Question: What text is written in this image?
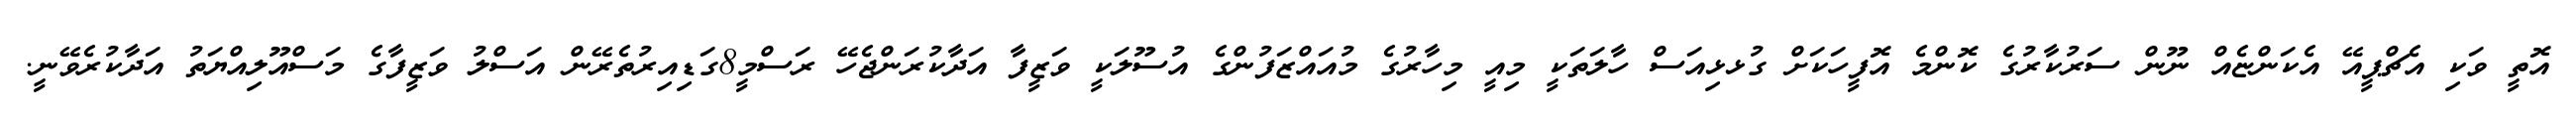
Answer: އޮތީ ވަކި އެޗްޕީއޭ އެކަންޏެއް ނޫން ސަރުކާރުގެ ކޮންމެ އޮފީހަކަށް ގުޅޅިއަސް ހާލަތަކީ މިއީ މިހާރުގެ މުއައްޒަފުންގެ އުސޫލަކީ ވަޒީފާ އަދާކުރަންޖެހޭ ރަސްމީ8ގަޑިއިރުތެރޭން އަސްލު ވަޒީފާގެ މަސްއޫލިއްޔަތު އަދާކުރެވޭނީ.